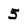
Character: 5